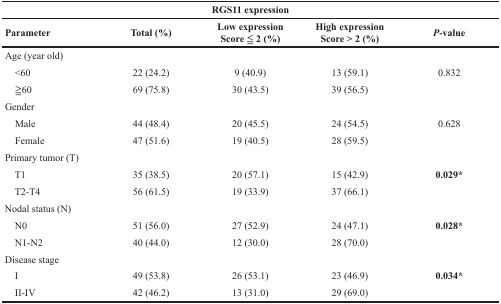
| <COLSPAN=5> RGS11 expression |
 | Parameter | Total (%) | Low expressionScore ≦ 2 (%) | High expressionScore > 2 (%) | P-value |
 | --- | --- | --- | --- | --- |
 | <COLSPAN=5> Age (year old) |
 | <60 | 22 (24.2) | 9 (40.9) | 13 (59.1) | 0.832 |
 | ≦60 | 69 (75.8) | 30 (43.5) | 39 (56.5) |  |
 | <COLSPAN=5> Gender |
 | Male | 44 (48.4) | 20 (45.5) | 24 (54.5) | 0.628 |
 | Female | 47 (51.6) | 19 (40.5) | 28 (59.5) |  |
 | <COLSPAN=5> Primary tumor (T) |
 | T1 | 35 (38.5) | 20 (57.1) | 15 (42.9) | 0.029* |
 | T2-T4 | 56 (61.5) | 19 (33.9) | 37 (66.1) |  |
 | <COLSPAN=5> Nodal status (N) |
 | N0 | 51 (56.0) | 27 (52.9) | 24 (47.1) | 0.028* |
 | N1-N2 | 40 (44.0) | 12 (30.0) | 28 (70.0) |  |
 | <COLSPAN=5> Disease stage |
 | I | 49 (53.8) | 26 (53.1) | 23 (46.9) | 0.034* |
 | II-IV | 42 (46.2) | 13 (31.0) | 29 (69.0) |  |